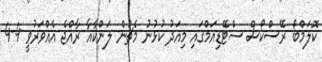
ކޮލަމްބޯ ރޭސްކޯސް ސްޓޭޑިއަމްގައި މިއަދު ކުޅުނު މެޗުން ލަންކާއާ ރާއްޖެ އެއްވަރުވީ 4-4